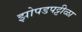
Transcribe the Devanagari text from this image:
झोपडपट्टीळा